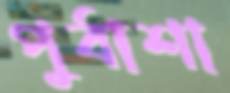
পুর্বাশা